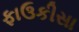
ફાઉકીસા